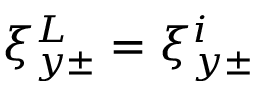
\xi _ { y \pm } ^ { L } = \xi _ { y \pm } ^ { i }